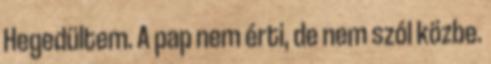
Hegedültem. A pap nem érti, de nem szól közbe.